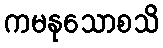
ကမနုသောစသိ